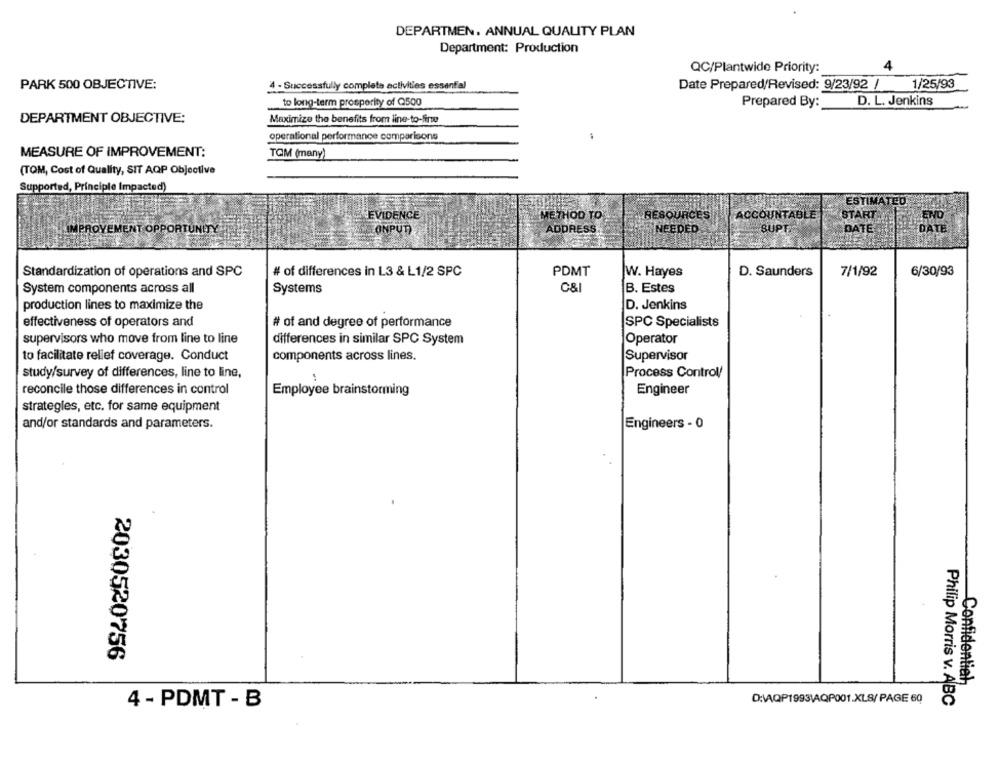
DEPARTMEN, ANNUAL QUALITY PLAN
Department: Production
QC/Plantwido Priority:
4
4 - Successfully complete activities essenfal
1/25/93
PARK 500 OBJECTIVE:
Date Prepared/Revised: 9/23/92 /
to long-term prosperity of Q500
Prepared By:
D. L. Jenkins
DEPARTMENT OBJECTIVE:
Maximize the benefits from line-to-fire
operational performance comparisons
MEASURE OF IMPROVEMENT:
TOM (many)
(TOM, Cost of Quality, SIT AQP Objective
Supported, Principle Impacted)
ESTIMATED
EVIDENCE
ACCOUNTABLE
METHOD TO
RESOURCES
START.
ENO
ADDRESS,
NEEDED
SUPT
DATE
IMPROVEMENT OPPORTUNITY
CONPUT
DATE
Standardization of operations and SPC
# of differences in L3 & L1/2 SPC
PDMT
W. Hayes
D. Saunders
7/1/92
6/30/93
System components across all
Systems
C&I
B. Estes
production lines to maximize the
D. Jenkins
effectiveness of operators and
# of and degree of performance
SPC Specialists
supervisors who move from line to line
differences in similar SPC System
Operator
to facilitate relief coverage. Conduct
components across lines.
Supervisor
study/survey of differences, line to line,
Process Control/
Engineer
reconcile those differences in control
Employee brainstorming
strategles, etc. for same equipment
and/or standards and parameters.
Engineers - 0
2030520756
Confidential
4 - PDMT - B
D:\AQP1993\AQP001.XLS/PAGE 60
Philip Morris v. ABC